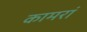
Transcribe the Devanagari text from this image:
कामरां